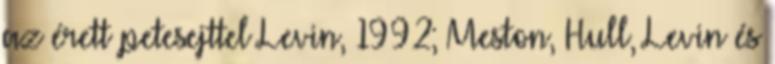
az érett petesejttel Levin, 1992; Meston, Hull, Levin és